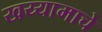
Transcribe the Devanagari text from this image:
खय्यामाचे